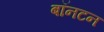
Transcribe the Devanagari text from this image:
बॉनटन